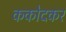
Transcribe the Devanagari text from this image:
ककोदकर